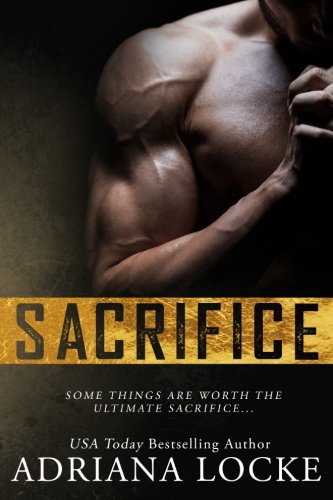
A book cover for Sacrifice; Adriana Locke; Romance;